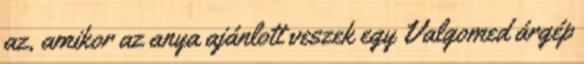
az, amikor az anya ajánlott veszek egy Valgomed árgép